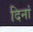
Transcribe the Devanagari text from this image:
दिनां